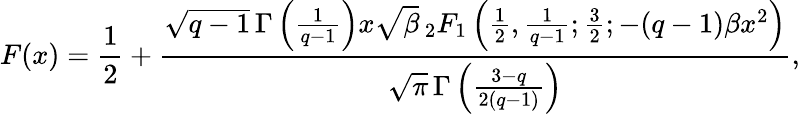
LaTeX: F(x)={\frac{1}{2}}+{\frac{{\sqrt{q-1}}\, \Gamma\left({\frac{1}{q-1}}\right)x{\sqrt{\beta}}\, _{2}F_{1}\left({\frac{1}{2}},{\frac{1}{q-1}};{\frac{3}{2}};-(q-1)\beta x^{2}\right)}{{\sqrt{\pi}}\, \Gamma\left({\frac{3-q}{2(q-1)}}\right)}},